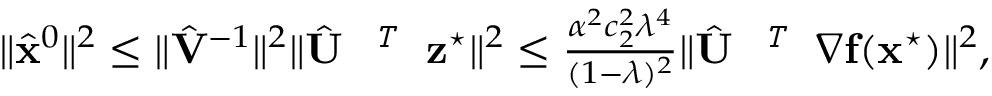
\begin{array} { r } { \| \hat { { \mathbf { x } } } ^ { 0 } \| ^ { 2 } \leq \| \hat { { \mathbf { V } } } ^ { - 1 } \| ^ { 2 } \| \hat { { \mathbf { U } } } ^ { \textit { \footnotesize \texttt { T } } } { \mathbf { z } } ^ { \star } \| ^ { 2 } \leq \frac { \alpha ^ { 2 } c _ { 2 } ^ { 2 } \lambda ^ { 4 } } { ( 1 - \lambda ) ^ { 2 } } \| \hat { { \mathbf { U } } } ^ { \textit { \footnotesize \texttt { T } } } { \nabla } \mathbf { f } ( \mathbf { x } ^ { \star } ) \| ^ { 2 } , } \end{array}